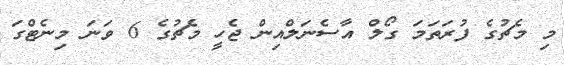
މި މެޗުގެ ފުރަތަމަ ގޯލް އާސެނަލްއިން ޖެހީ މެޗުގެ 6 ވަނަ މިނެޓްގަ